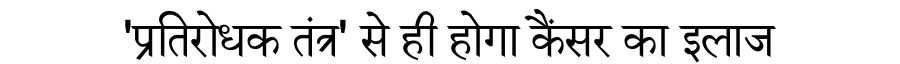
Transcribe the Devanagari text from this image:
'प्रतिरोधक तंत्र' से ही होगा कैंसर का इलाज